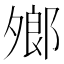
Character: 𪤼